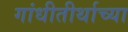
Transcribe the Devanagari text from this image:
गांधीतीर्थाच्या